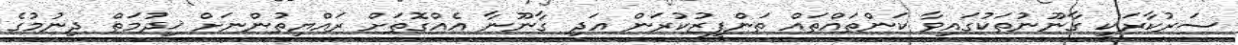
ސަރުކާރަކީ ގާނޫނުތަކުގައިވާ ކަންތައްތައް ތަންފީޒުކުރަން އަދި ގާނޫނާ އެއްގޮތަށް ރައްޔިތުންނަށް ޚިދުމަތް ދިނުމުގެ